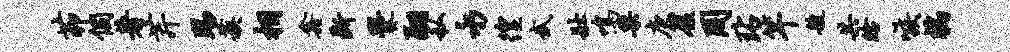
茆个著芹踢蔟相鑫断爨翮私永徨武壮鸣栗庚厦罔玷竿艘共眙嗾褊